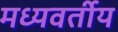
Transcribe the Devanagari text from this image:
मध्यवर्तीय